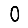
Digit: 0